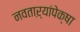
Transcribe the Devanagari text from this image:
नवताऱ्यांपेक्षा